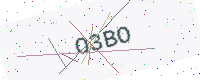
Text: O3BO